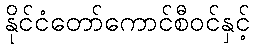
နိုင်ငံတော်ကောင်စီဝင်နှင့်